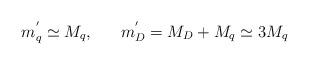
LaTeX: \begin{align*}m_{q}^{'} \simeq M_{q}, ~~~~~m_{D}^{'} = M_{D} + M_{q} \simeq 3 M_{q}\end{align*}